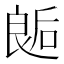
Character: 𰈛